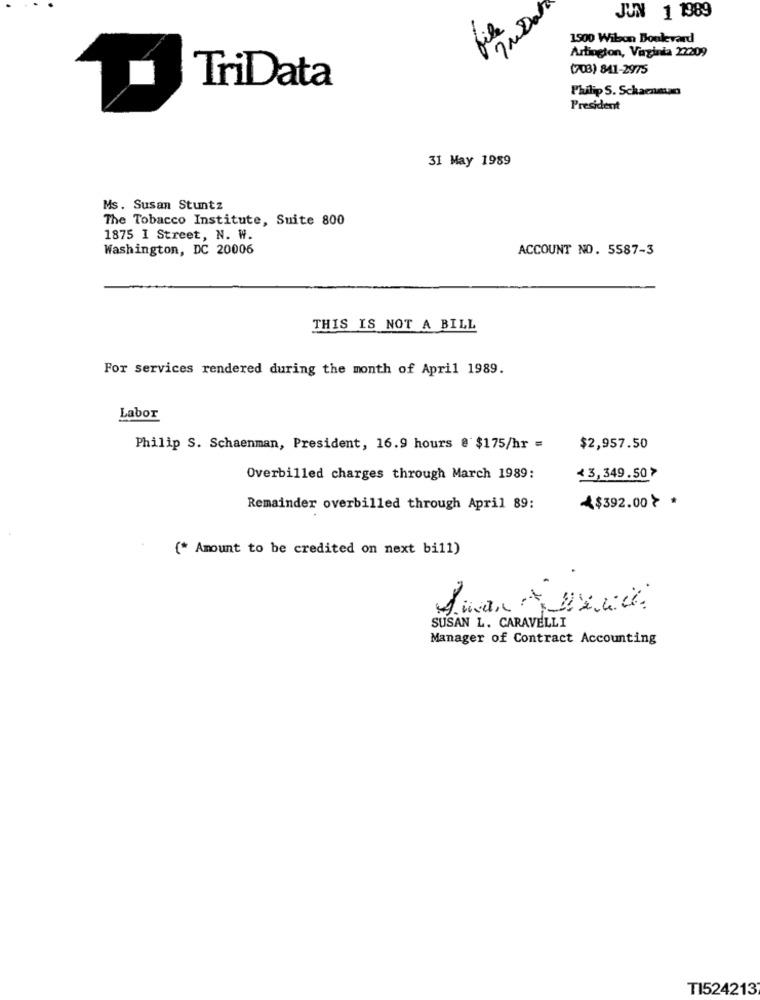
ImDal
JUN 1 1989
1900 Wilson Boulevard
Artington, Vaginia 22209
(708) 841-2975
TriData
Philip S. Schaenman
President
31 May 1989
Ms. Susan Stuntz
The Tobacco Institute, Suite 800
1875 I Street, N. W.
Washington, DC 20006
ACCOUNT NO. 5587-3
THIS IS NOT A BILL
For services rendered during the month of April 1989.
Labor
Philip S. Schaenman, President, 16.9 hours @ $175/hr =
$2,957.50
Overbilled charges through March 1989:
13,349.507
Remainder overbilled through April 89:
$392.00} *
(* Amount to be credited on next bill)
SUSAN L. CARAVELLI
Manager of Contract Accounting
TI524213